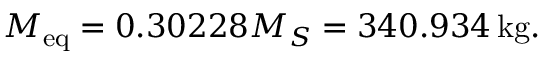
M _ { \mathrm { e q } } = 0 . 3 0 2 2 8 M _ { S } = 3 4 0 . 9 3 4 \, \mathrm { k g } .